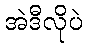
အဲဒီလိုပဲ